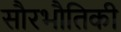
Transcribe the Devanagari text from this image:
सौरभौतिकी